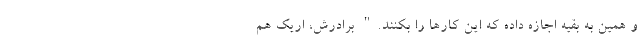
و همین به بقیه اجازه داده که این کارها را بکنند." برادرش، اریک هم